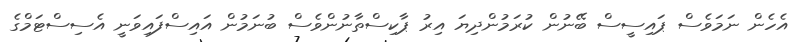
އެހެން ނަމަވެސް ޕައިސީސް ބޭނުން ކުރަމުންދިޔަ އިރު ޕާކިސްތާނުންވެސް ބުނަމުން އައިސްފައިވަނީ އެސިސްޓަމްގެ